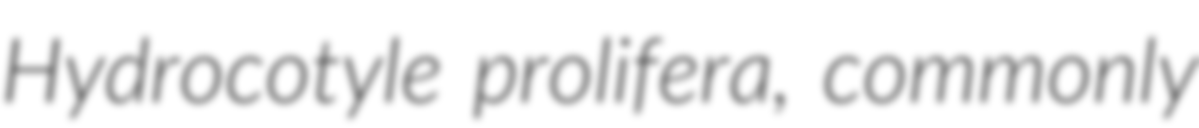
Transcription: Hydrocotyle prolifera, commonly